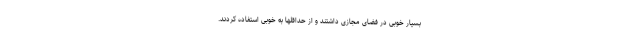
بسیار خوبی در فضای مجازی داشتند و از حداقلها به خوبی استفاده کردند.